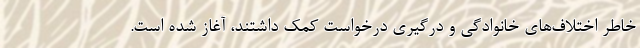
خاطر اختلاف‌های خانوادگی و درگیری درخواست کمک داشتند، آغاز شده است.